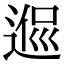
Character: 𨔃